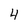
Character: 4